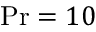
\mathrm { P r } = 1 0